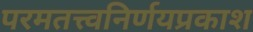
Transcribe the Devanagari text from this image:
परमतत्त्वनिर्णयप्रकाश